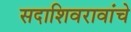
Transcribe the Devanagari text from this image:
सदाशिवरावांचे